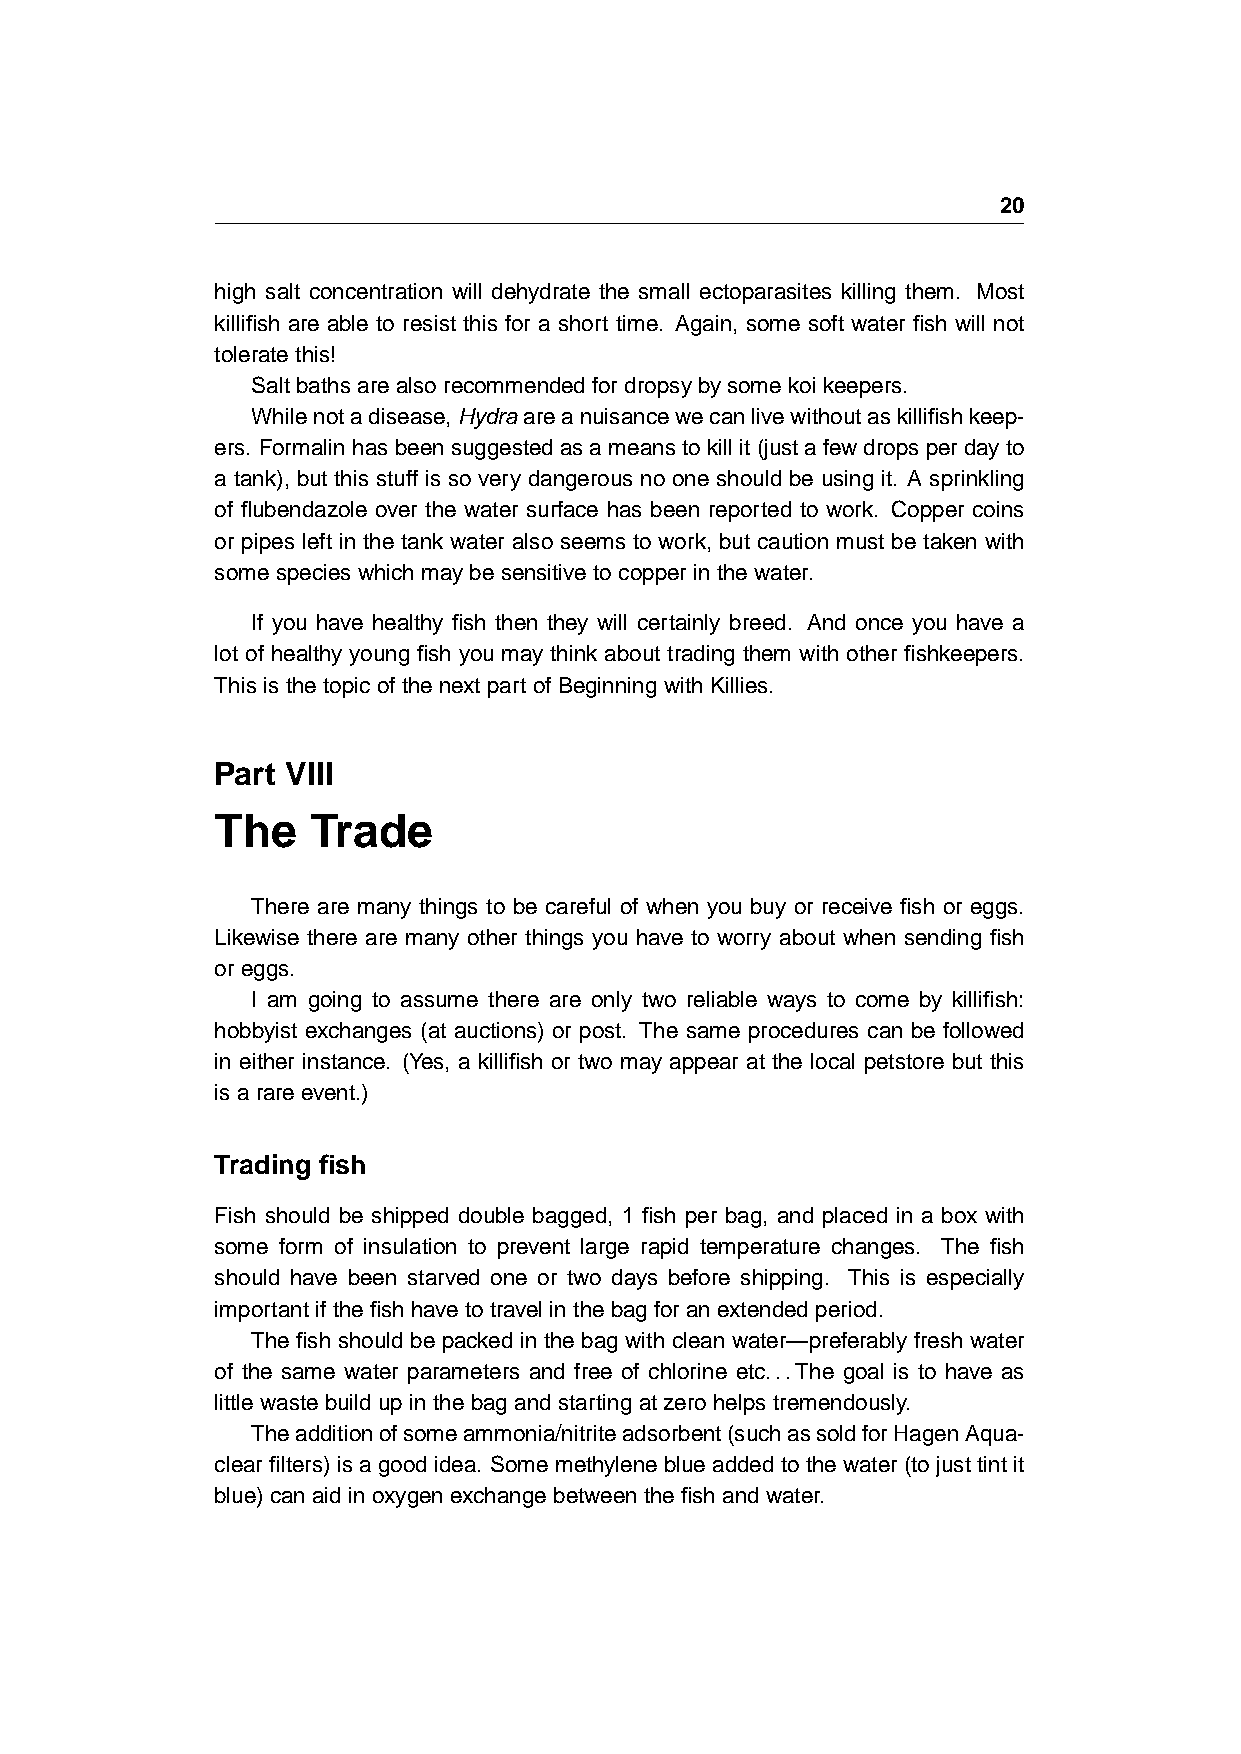
20
 high salt concentration will dehydrate the small ectoparasites killing them. Most
 killifish are able to resist this for a short time. Again, some soft water fish will not
 toleratethis!
 Saltbathsarealsorecommendedfordropsybysomekoikeepers.
 Whilenotadisease,Hydraareanuisancewecanlivewithoutaskillifishkeep-
 ers. Formalinhasbeensuggestedasameanstokillit(justafewdropsperdayto
 a tank), but this stuff is so very dangerous no one should be using it. A sprinkling
 of flubendazole over the water surface has been reported to work. Copper coins
 or pipes left in the tank water also seems to work, but caution must be taken with
 somespecieswhichmaybesensitivetocopperinthewater.
 If you have healthy fish then they will certainly breed. And once you have a
 lot of healthy young fish you may think about trading them with other fishkeepers.
 ThisisthetopicofthenextpartofBeginningwithKillies.
 Part VIII
 The    Trade
 There are many things to be careful of when you buy or receive fish or eggs.
 Likewise there are many other things you have to worry about when sending fish
 oreggs.
 I am going to assume there are only two reliable ways to come by killifish:
 hobbyist exchanges (at auctions) or post. The same procedures can be followed
 in either instance. (Yes, a killifish or two may appear at the local petstore but this
 isarareevent.)
 Trading fish
 Fish should be shipped double bagged, 1 fish per bag, and placed in a box with
 some form of insulation to prevent large rapid temperature changes. The fish
 should have been starved one or two days before shipping. This is especially
 importantifthefishhavetotravelinthebagforanextendedperiod.
 The fish should be packed in the bag with clean water—preferably fresh water
 of the same water parameters and free of chlorine etc...The goal is to have as
 littlewastebuildupinthebagandstartingatzerohelpstremendously.
 Theadditionofsomeammonia/nitriteadsorbent(suchassoldforHagenAqua-
 clearfilters)isagoodidea. Somemethyleneblueaddedtothewater(tojusttintit
 blue)canaidinoxygenexchangebetweenthefishandwater.